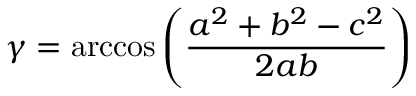
\gamma = \operatorname { a r c c o s } \left( { \frac { a ^ { 2 } + b ^ { 2 } - c ^ { 2 } } { 2 a b } } \right)